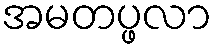
အမတပ္ဖလာ